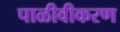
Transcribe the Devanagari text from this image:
पाळीवीकरण